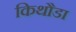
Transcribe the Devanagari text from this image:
किथौडा